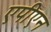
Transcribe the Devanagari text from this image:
एपीएन